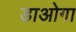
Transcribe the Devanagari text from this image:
डाओगा